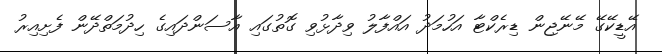
އޭޑީކޭގޭ މޭނޭޖިން ޑިރެކްޓާ އަހުމަދު އައްފާލު ވިދާޅުވި ގޮތުގައި އާސަންދައިގެ ހިދުމަތްދޭން ފެށިއިރު